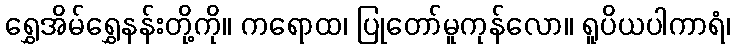
ရွှေအိမ်ရွှေနန်းတို့ကို။ ကရောထ၊ ပြုတော်မူကုန်လော။ ရူပိယပါကာရံ၊